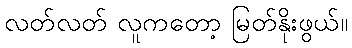
လတ်လတ် လူကတော့ မြတ်နိုးဖွယ်။